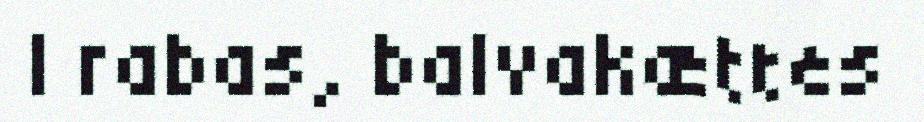
| rabas, balvakættes